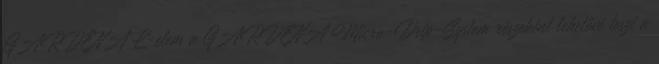
GARDENA L-elem a GARDENA Micro-Drip-System részeként lehetővé teszi a